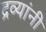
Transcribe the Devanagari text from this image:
द्रव्यांनी